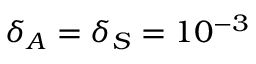
\delta _ { A } = \delta _ { S } = 1 0 ^ { - 3 }